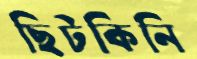
ছিটকিনি